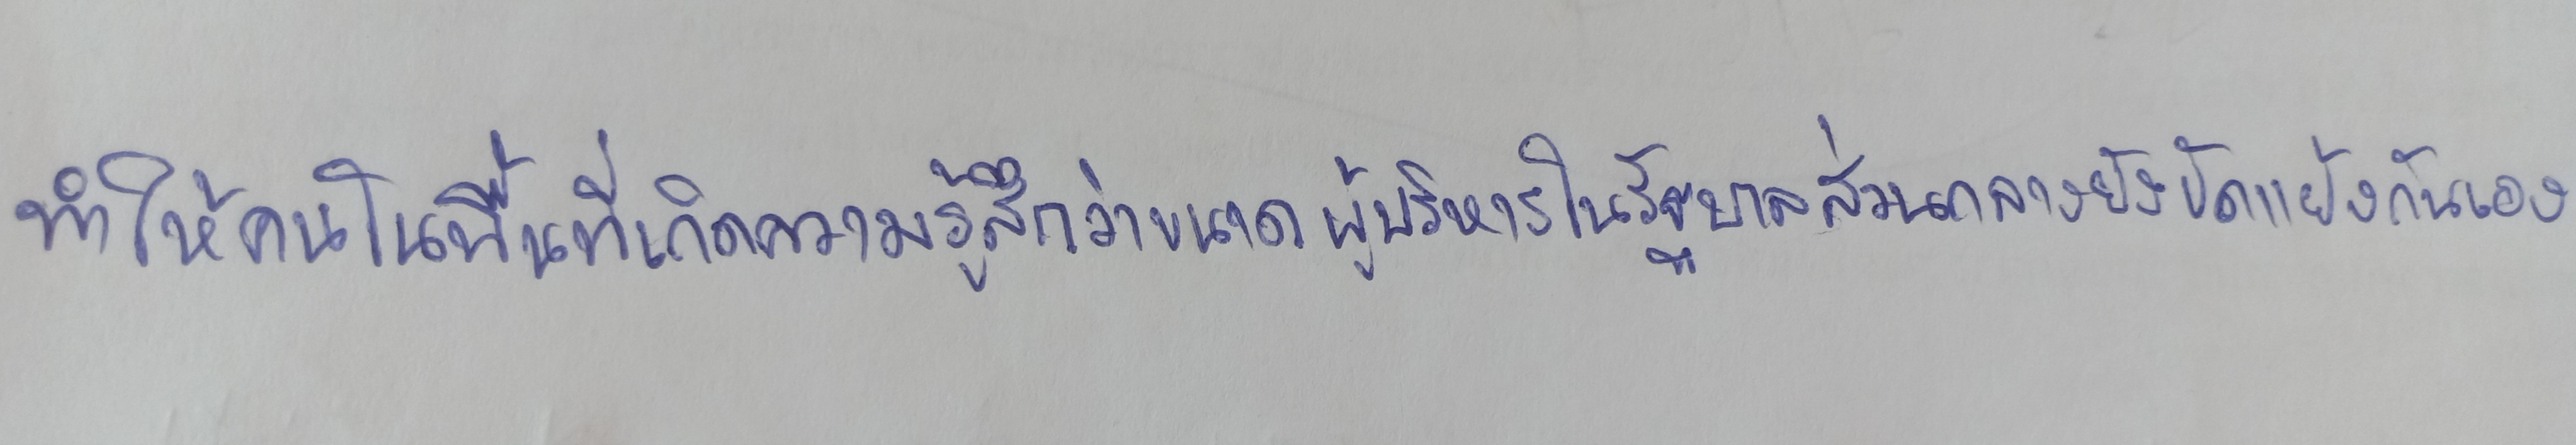
ทำให้คนในพื้นที่เกิดความรู้สึกว่าขนาดผู้บริหารในรัฐบาลส่วนกลางยังขัดแย้งกันเอง